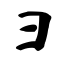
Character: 彐